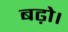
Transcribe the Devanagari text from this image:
बढ़ो।